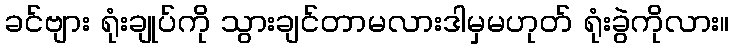
ခင်ဗျား ရုံးချုပ်ကို သွားချင်တာမလားဒါမှမဟုတ် ရုံးခွဲကိုလား။